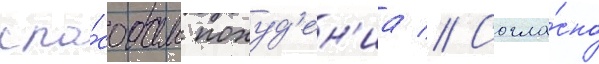
спо́собам похуд'ен'иа // Согла́сно